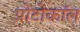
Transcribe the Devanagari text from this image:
प्रोटोकाॅल